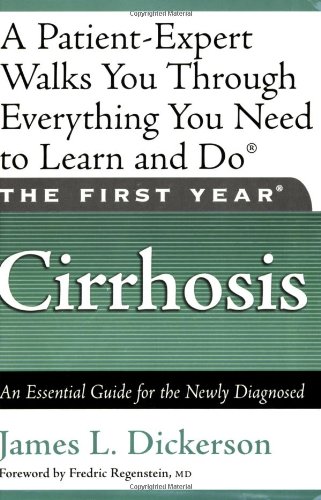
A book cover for The First Year: Cirrhosis: An Essential Guide for the Newly Diagnosed; James L. Dickerson; Health, Fitness & Dieting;